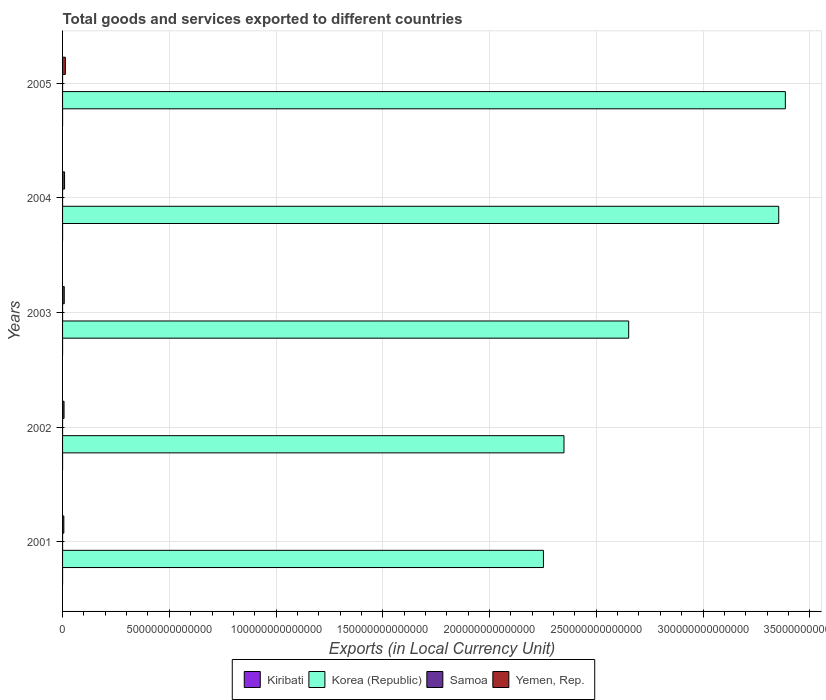
| Years | Kiribati | Korea (Republic) | Samoa | Yemen, Rep. |
 | --- | --- | --- | --- | --- |
 | 2001 | 1.96e+07 | 2.25e+14 | 2.88e+08 | 5.97e+11 |
 | 2002 | 2.48e+07 | 2.35e+14 | 2.93e+08 | 6.95e+11 |
 | 2003 | 2.3e+07 | 2.65e+14 | 2.99e+08 | 7.87e+11 |
 | 2004 | 1.62e+07 | 3.35e+14 | 3.39e+08 | 9.33e+11 |
 | 2005 | 1.96e+07 | 3.39e+14 | 3.58e+08 | 1.31e+12 |